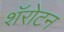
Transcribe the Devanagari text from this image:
शॅरोटन